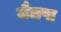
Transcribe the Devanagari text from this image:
जैलपा